Civil Veterinary Dept. North-West Frontier Province 1901-22 - 1901-1922
Year: 1901
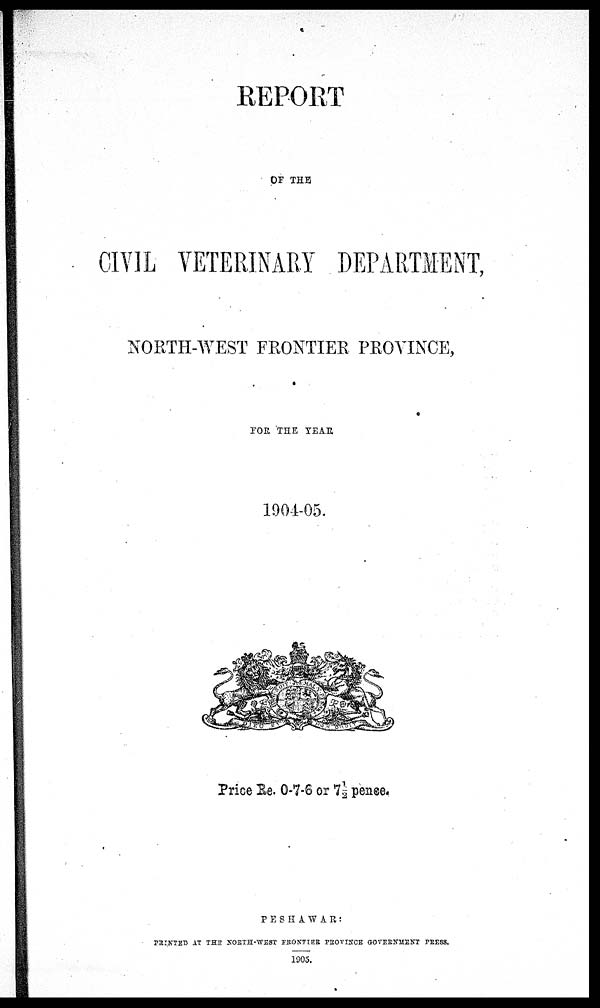
REPORT
OF THE
CIVIL VETERINARY DEPARTMENT,
NORTH-WEST FRONTIER PROVINCE,
FOR THE YEAR
1904-05.
Price Re. 0-7-6 or 7½ pence.
PESHAWAR:
PRINTED AT THE NORTH-WEST FRONTIER PROVINCE GOVERNMENT PRESS.
1905.